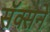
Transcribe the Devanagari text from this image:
सॅक्सने